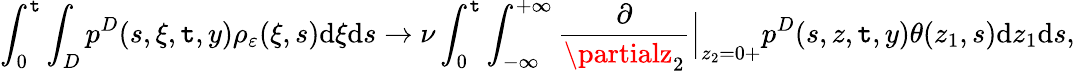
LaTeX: \int_{0}^{\mathtt{t}}\int_{D}p^{D}(s,\xi,\mathtt{t},y)\rho_{\varepsilon}(\xi,s)\textrm{{d}}\xi\textrm{{d}}s\to\nu\int_{0}^{\mathtt{t}}\int_{-\infty}^{+\infty}\frac{{\partial}}{{\partialz_{2}}}\Big|_{z_{2}=0+}p^{D}(s,z,\mathtt{t},y)\theta(z_{1},s)\textrm{{d}}z_{1}\textrm{{d}}s,